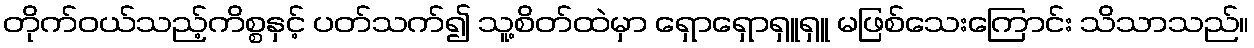
တိုက်ဝယ်သည့်ကိစ္စနှင့် ပတ်သက်၍ သူ့စိတ်ထဲမှာ ရှောရှောရှူရှူ မဖြစ်သေးကြောင်း သိသာသည်။